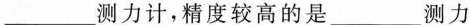
___测力计，精度较高的是___测力